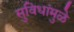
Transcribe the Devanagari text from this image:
सुविधांमुळे